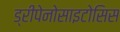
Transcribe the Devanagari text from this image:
ड्रीपेनोसाइटोसिस